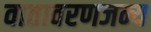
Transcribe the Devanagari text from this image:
वातावरणजन्य